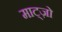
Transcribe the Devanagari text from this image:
माट्ज़ो